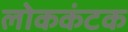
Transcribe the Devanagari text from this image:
लोककंटक